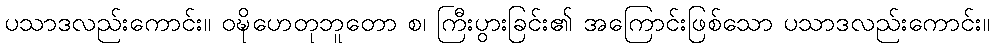
ပသာဒလည်းကောင်း။ ဝဍ္ဎိဟေတုဘူတော စ၊ ကြီးပွားခြင်း၏ အကြောင်းဖြစ်သော ပသာဒလည်းကောင်း။